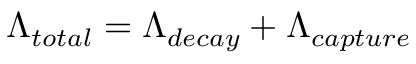
\Lambda _ { t o t a l } = \Lambda _ { d e c a y } + \Lambda _ { c a p t u r e }